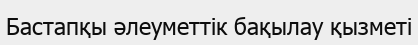
Бастапқы әлеуметтік бақылау қызметі